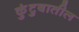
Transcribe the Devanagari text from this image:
कुंटुबातील